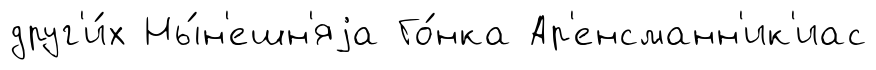
друг'и́х Ны́н'ешн'яjа Го́нка Ар'енсманн'ик'иас